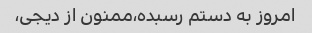
امروز به دستم رسبده،ممنون از دیجی،